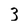
Character: 3